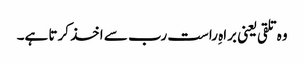
وہ تلقی یعنی براہِ راست رب سے اخذ کرتا ہے۔